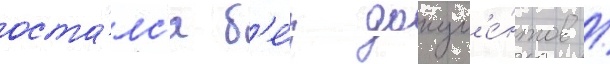
оста́лс'я б'е́з докум'е́нтов /